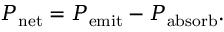
P _ { \mathrm { n e t } } = P _ { \mathrm { e m i t } } - P _ { \mathrm { a b s o r b } } .